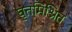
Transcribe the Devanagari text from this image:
घृतमिश्रित